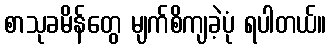
စာသုခမိန်တွေ မျက်စိကျခဲ့ပုံ ရပါတယ်။